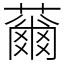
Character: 䕥